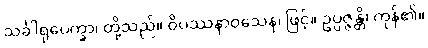
သင်္ခါရုပေက္ခာ၊ တို့သည်။ ဝိပဿနာဝသေန၊ ဖြင့်။ ဥပ္ပဇ္ဇန္တိ၊ ကုန်၏။